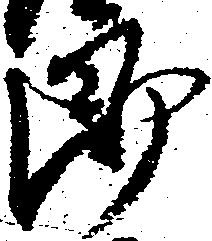
郎